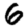
Digit: 6